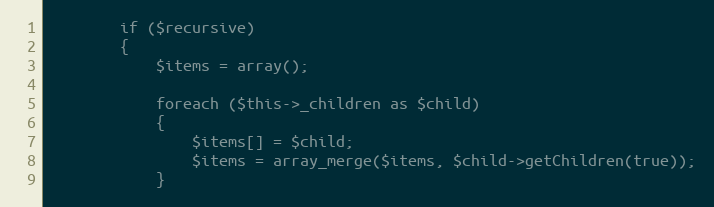
Language: PHP
		if ($recursive)
		{
			$items = array();

			foreach ($this->_children as $child)
			{
				$items[] = $child;
				$items = array_merge($items, $child->getChildren(true));
			}